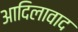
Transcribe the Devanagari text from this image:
आदिलावाद